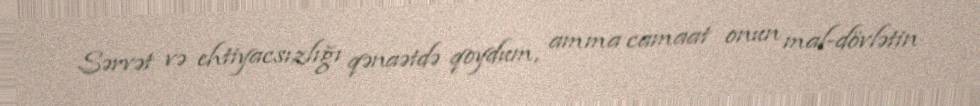
Sərvət və ehtiyacsızlığı qənaətdə qoydum, amma camaat onun mal-dövlətin